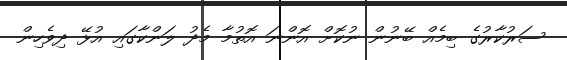
ސަރުކާރުގެ ބިމެއް ބޭނުން ނުކޮށް އޮންނަ އޮތުމާ މެދު ލަންކާގައި އުޅޭ ދިވެހިން